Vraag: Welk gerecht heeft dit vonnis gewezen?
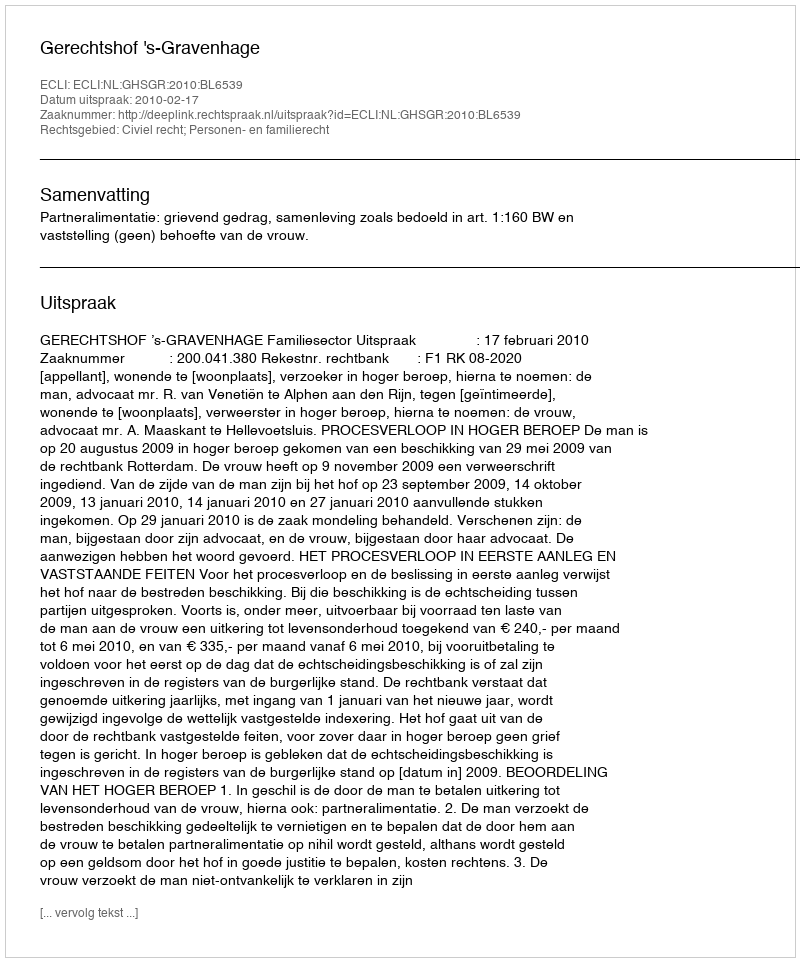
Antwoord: Gerechtshof 's-Gravenhage